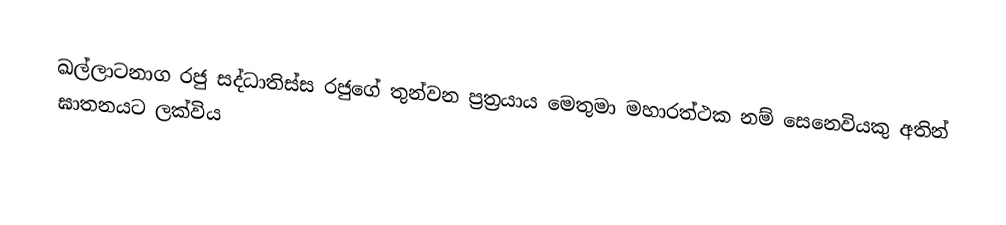
ඛල්ලාටනාග රජු සද්ධාතිස්ස රජුගේ තුන්වන ප්‍රත්‍රයාය මෙතුමා මහාරත්ථක නම් සෙනෙවියකු අතින් ඝාතනයට ලක්විය